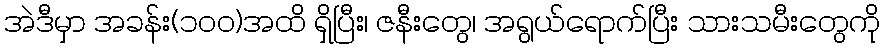
အဲဒီမှာ အခန်း(၁၀၀)အထိ ရှိပြီး၊ ဇနီးတွေ၊ အရွယ်ရောက်ပြီး သားသမီးတွေကို